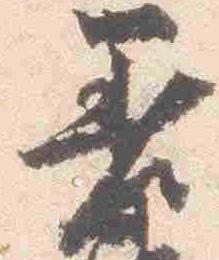
差